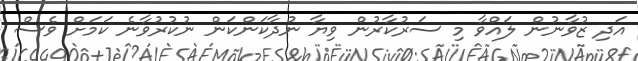
އަދި ޒުވާނުން ލައްވާ މި ސަރުކާރުން ވިޔާ ނުދާކަންކަން ނުކުރުވާނެ ކަމަށް ވެސް